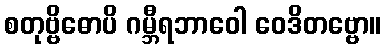
စတုဗ္ဗိဓောပိ ဂမ္ဘီရဘာဝေါ ဝေဒိတဗ္ဗော။